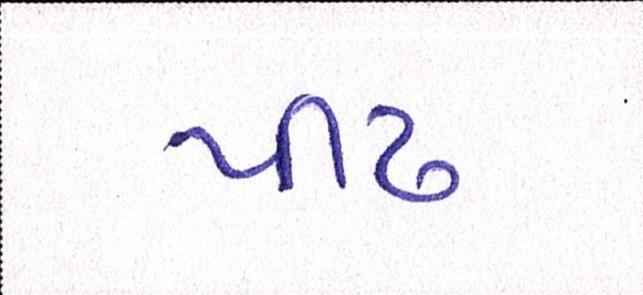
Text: પીઢ